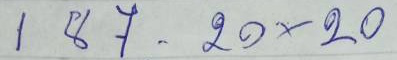
187 - 20x20